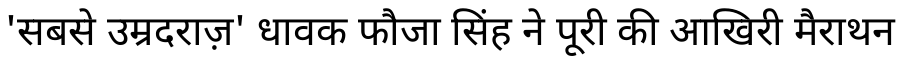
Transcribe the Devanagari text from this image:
'सबसे उम्रदराज़' धावक फौजा सिंह ने पूरी की आखिरी मैराथन